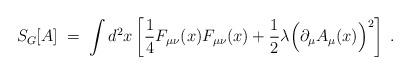
LaTeX: \begin{align*}S_G[A] \; = \; \int d^2x\left[ \frac{1}{4} F_{\mu \nu}(x) F_{\mu \nu}(x)+ \frac{1}{2} \lambda \Big( \partial_\mu A_\mu(x) \Big)^2 \right] \; .\end{align*}